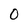
Character: 0